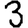
Digit: 3